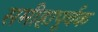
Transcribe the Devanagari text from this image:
समीहापूर्वक